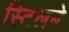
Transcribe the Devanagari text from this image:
स्टिलबे